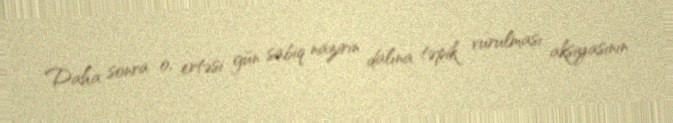
Daha sonra o, ertəsi gün sabiq nazirin dalına təpik vurulması aksiyasının